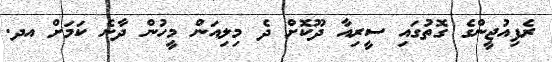
ރެފިއުޖީންގެ ގޮތުގައި ސީރިއާ ދޫކޮށް ދެ މިލިއަން މީހުން ދާނެ ކަމަށް އދ.